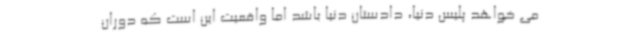
می خواهد پلیس دنیا، دادستان دنیا باشد اما واقعیت این است که دوران